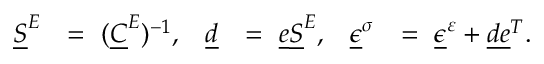
\begin{array} { r l r l r l } { \underline { { S } } ^ { E } } & { = \ ( \underline { { C } } ^ { E } ) ^ { - 1 } , } & { \underline { { d } } } & { = \ \underline { { e } } \underline { { S } } ^ { E } , } & { \underline { { \epsilon } } ^ { \sigma } } & { = \ \underline { { \epsilon } } ^ { \varepsilon } + \underline { { d } } \underline { { e } } ^ { T } . } \end{array}